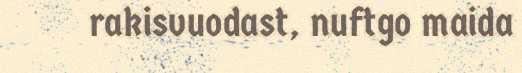
rakisvuodast, nuftgo maida